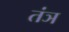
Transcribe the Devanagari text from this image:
तंञ